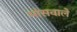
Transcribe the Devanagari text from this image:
मांसवाले